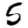
Digit: 5